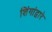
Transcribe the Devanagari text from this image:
शिंगांद्वारे